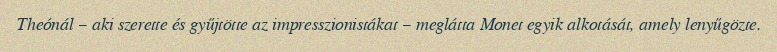
Theónál – aki szerette és gyűjtötte az impresszionistákat – meglátta Monet egyik alkotását, amely lenyűgözte.